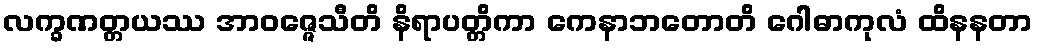
လက္ခဏတ္တယဿ အာဝဇ္ဇေသီတိ နိရာပတ္တိကာ ကေနာဘတောတိ ဂေါဓာကုလံ ထိနနတာ